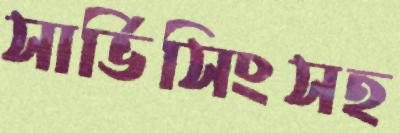
সার্ভিসিংসহ